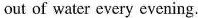
out of water every evening.